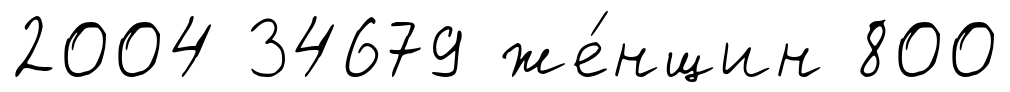
2004 34679 же́нщин 800